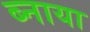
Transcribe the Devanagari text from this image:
ब्नाया